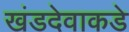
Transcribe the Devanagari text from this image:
खंडदेवाकडे